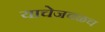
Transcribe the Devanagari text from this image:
याचेजवळच